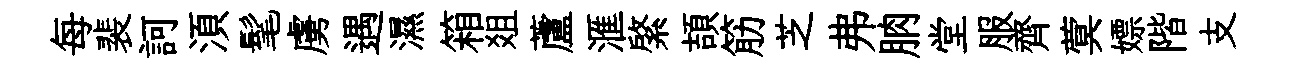
每裴訶湏髦虜遇濕箱爼蘆滙綮頡筋芝弗朒堂服齊蓂嫖階支